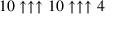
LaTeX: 1 0 \uparrow \uparrow \uparrow 1 0 \uparrow \uparrow \uparrow 4